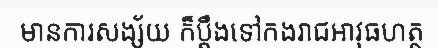
មានការសង្ស័យ ក៏ប្តឹងទៅកងរាជអាវុធហត្ថ